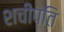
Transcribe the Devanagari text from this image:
शचीपति